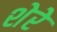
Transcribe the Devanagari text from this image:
शेरेे